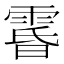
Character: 𮦘